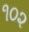
૧૦૨